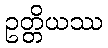
ဥတ္တိယဿ